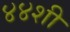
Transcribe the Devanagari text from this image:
४४शी